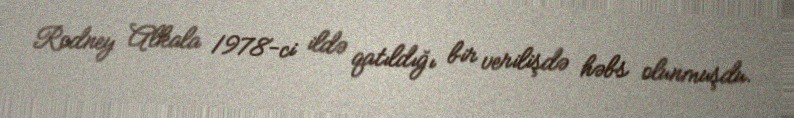
Rodney Alkala 1978-ci ildə qatıldığı bir verilişdə həbs olunmuşdu.